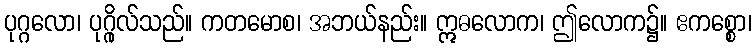
ပုဂ္ဂလော၊ ပုဂ္ဂိုလ်သည်။ ကတမောစ၊ အဘယ်နည်း။ ဣဓလောက၊ ဤလောက၌။ ဧကစ္စော၊